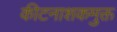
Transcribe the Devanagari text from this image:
कीटनाशकमुक्त